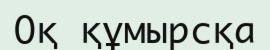
Оқ құмырсқа‎